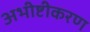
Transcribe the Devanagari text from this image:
अभीष्टीकरण